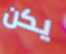
يكن